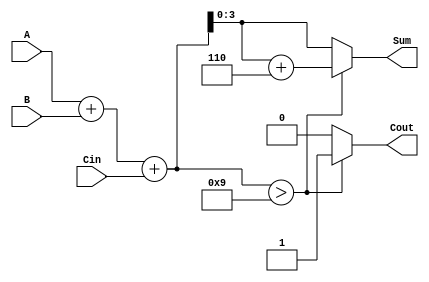
module BCD_Asynchronous_Adder (
    input  [3:0] A,      // First BCD digit
    input  [3:0] B,      // Second BCD digit
    input        Cin,     // Input carry
    output reg [3:0] Sum, // BCD Sum output
    output reg Cout       // Output carry
);

    // Internal signals
    wire [4:0] preliminary_sum; // 5 bits to accommodate carry
    wire correction_needed;       // Flag for correction
    wire [4:0] corrected_sum;     // Corrected sum after adding 6

    // Preliminary addition
    assign preliminary_sum = A + B + Cin;

    // Determine if correction is needed (if preliminary sum > 9)
    assign correction_needed = preliminary_sum > 9;

    // Corrected sum (add 6 if correction is needed)
    assign corrected_sum = preliminary_sum + 5'b00110; // Add 6 in binary

    always @* begin
        if (correction_needed) begin
            Sum = corrected_sum[3:0]; // Take lower 4 bits
            Cout = 1;                 // Set carry out
        end else begin
            Sum = preliminary_sum[3:0]; // Take lower 4 bits
            Cout = 0;                  // No carry out
        end
    end

endmodule